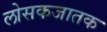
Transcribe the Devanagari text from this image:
लोसकजातक